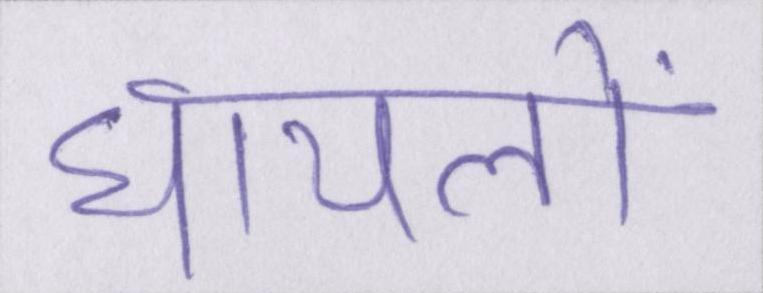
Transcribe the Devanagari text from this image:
घायलों